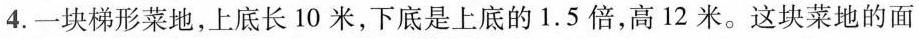
4.一块梯形菜地，上底长10米，下底是上底的1.5倍，高12米。这块菜地的面